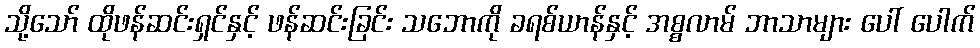
သို့သော် ထိုဖန်ဆင်းရှင်နှင့် ဖန်ဆင်းခြင်း သဘောကို ခရစ်ယာန်နှင့် အစ္စလာမ် ဘာသာများ ပေါ် ပေါက်